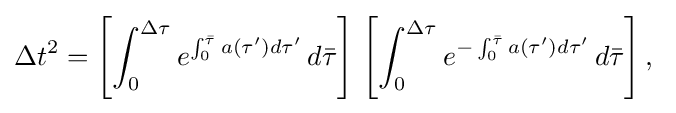
\Delta t^{2}=\left[\int _{0}^{\Delta \tau }e^{\int _{0}^{\bar {\tau }}a(\tau ')d\tau '}\,d{\bar {\tau }}\right]\,\left[\int _{0}^{\Delta \tau }e^{-\int _{0}^{\bar {\tau }}a(\tau ')d\tau '}\,d{\bar {\tau }}\right],\